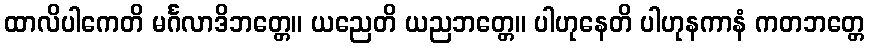
ထာလိပါကေတိ မင်္ဂလာဒိဘတ္တေ။ ယညေတိ ယညဘတ္တေ။ ပါဟုနေတိ ပါဟုနကာနံ ကတဘတ္တေ